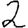
Digit: 2